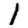
Digit: 1